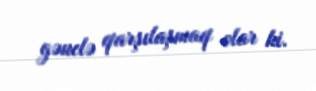
gənclə qarşılaşmaq olar ki.